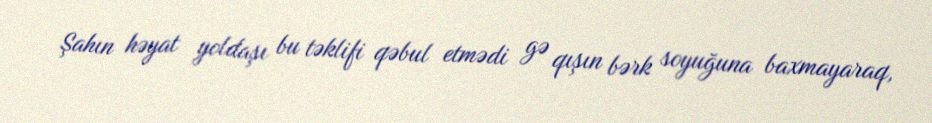
Şahın həyat yoldaşı bu təklifi qəbul etmədi gə qışın bərk soyuğuna baxmayaraq,